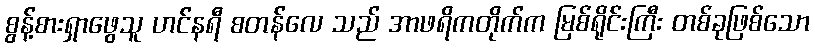
စွန့်စားရှာဖွေသူ ဟင်နရီ စတန်လေ သည် အာဖရိကတိုက်က မြစ်ရိုင်းကြီး တစ်ခုဖြစ်သော